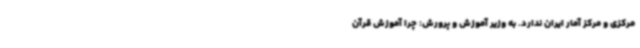
مرکزی و مرکز آمار ایران ندارد. به وزیر آموزش و پرورش: چرا آموزش قرآن